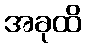
အခုထိ